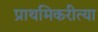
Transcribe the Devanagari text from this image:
प्राथमिकरीत्या